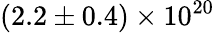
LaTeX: (2.2\pm 0.4)\times 10^{20}